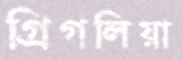
গ্রিগলিয়া